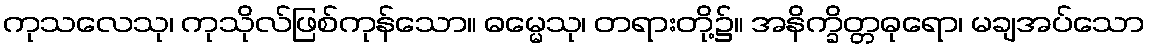
ကုသလေသု၊ ကုသိုလ်ဖြစ်ကုန်သော။ ဓမ္မေသု၊ တရားတို့၌။ အနိက္ခိတ္တဓုရော၊ မချအပ်သော